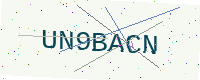
Text: UN9BACN